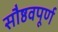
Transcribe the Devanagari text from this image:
सौष्ठवपूर्ण